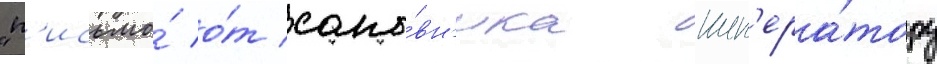
"п'исьмо́ о́т сано́вн'ика имп'ера́тору